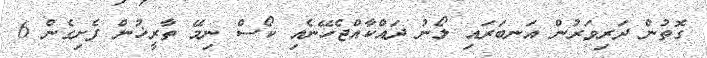
ގޮތުން ދަރިވަރުން އަނބަރައި ލޯނު ދައްކާއްޖެހޭނެއި ކޯސް ނިމޭ ތާރީޚުން ފެށިގެން 6